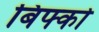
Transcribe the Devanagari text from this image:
बिफ्को